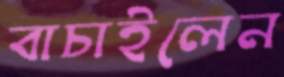
বাচাইলেন